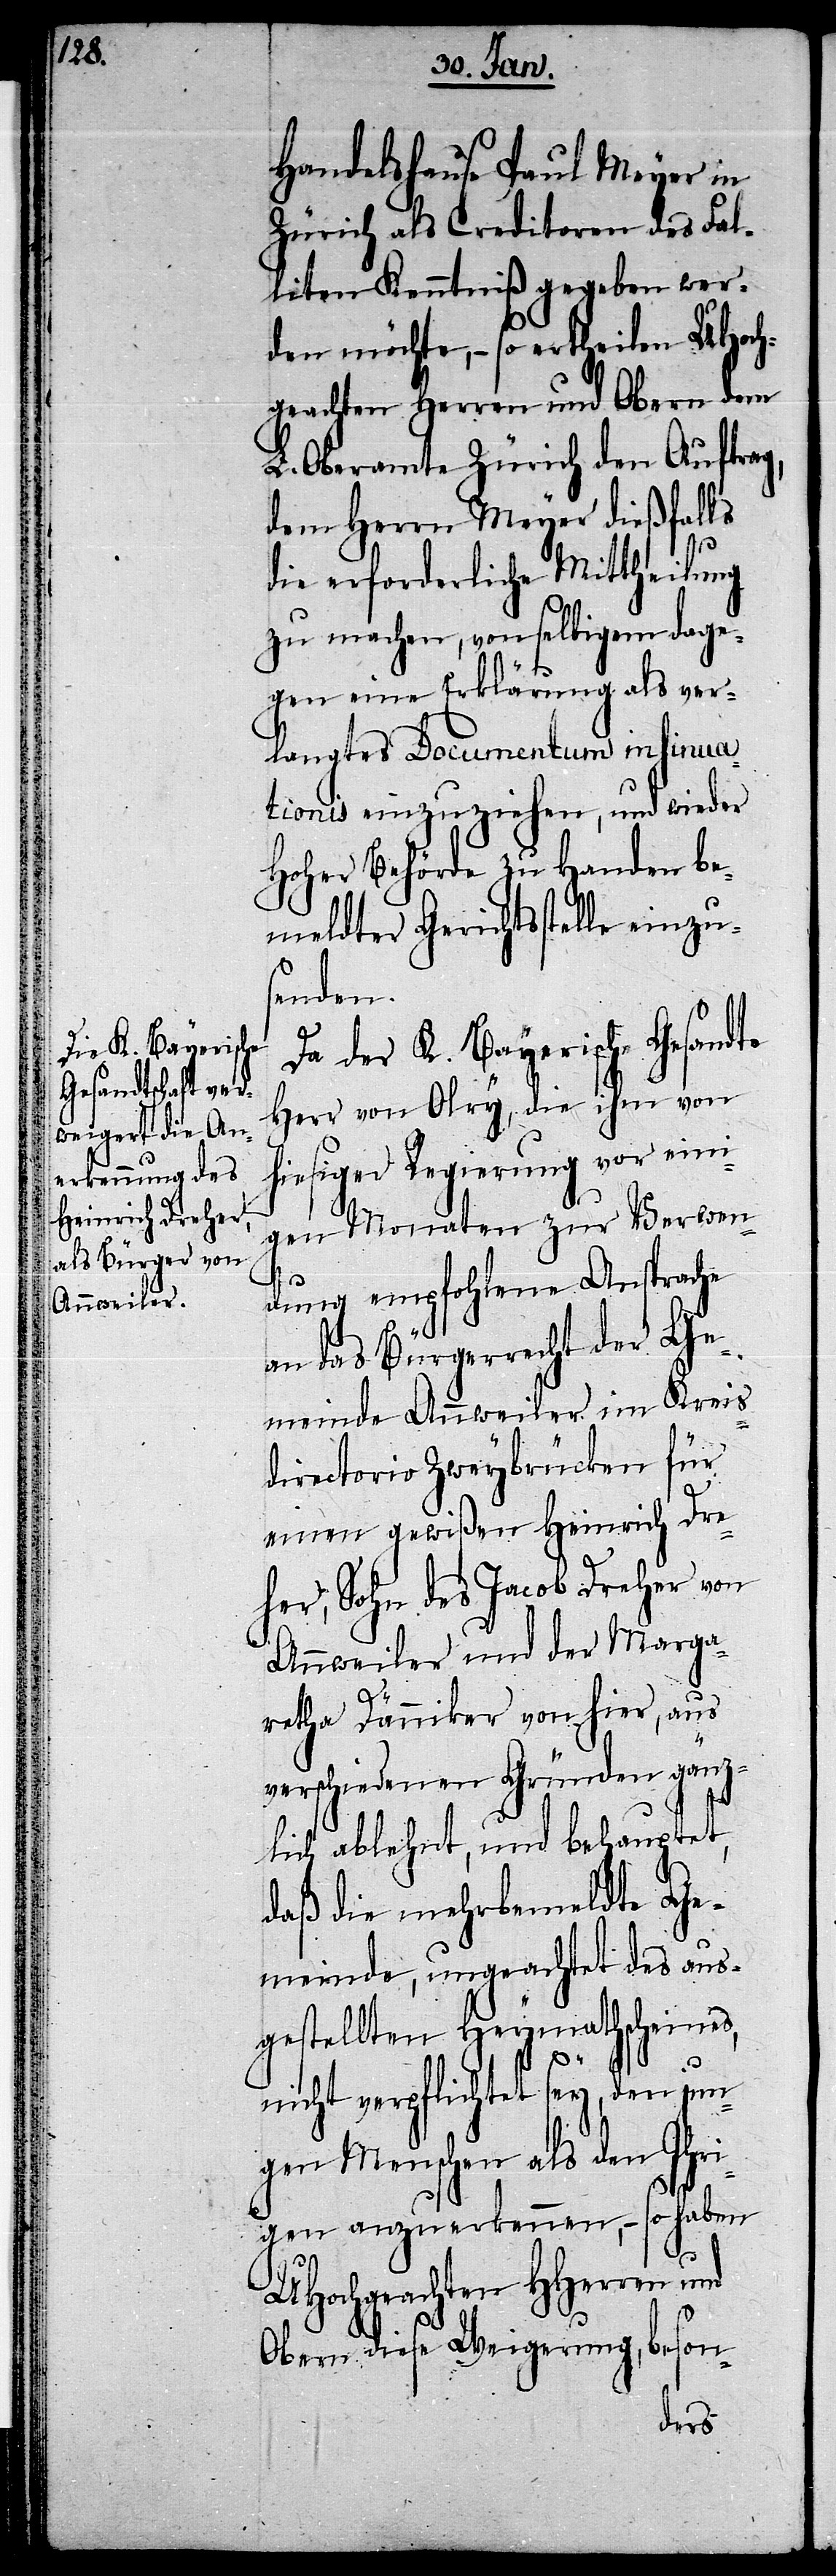
Handelshause Paul Meyer in
Zürich als Creditoren des Fal¬
liten Kenntniß gegeben wer¬
den möchte, – so ertheilen UHoch¬
geachten Herren und Obern dem
L. Oberamte Zürich den Auftrag,
dem Herrn Meyer dießfalls
die erforderliche Mittheilung
zu machen, von selbigem dage¬
gen eine Erklärung als ver¬
langtes Documentum insinua¬
tionis einzuziehen, und wieder
Hoher Behörde zu Handen be¬
meldter Gerichtsstelle einzu¬
senden.
Da der K. Bayerische Gesandte
Herr von Olry, die ihm von
hiesiger Regierung vor eini¬
gen Monaten zur Verwen¬
dung empfohlene Ansprache
an das Bürgerrecht der Ge¬
meinde Annweiler im Kreis¬
directorio Zweybrücken für
einen gewißen Heinrich Dre¬
her, Sohn des Jacob Dreher von
Annweiler und der Marga¬
retha Dänniker von hier, aus
verschiedenen Gründen gänz¬
lich ablehnt, und behauptet,
daß die mehrbemeldte Ge¬
meinde, ungeachtet des aus¬
gestellten Heymathscheines,
nicht verpflichtet sey, den jun¬
gen Menschen als den Ihri¬
gen anzuerkennen, – so haben
UHochgeachten HHerren und
Obern diese Weigerung, beson-